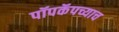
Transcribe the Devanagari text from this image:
पॉपकॅपच्याच